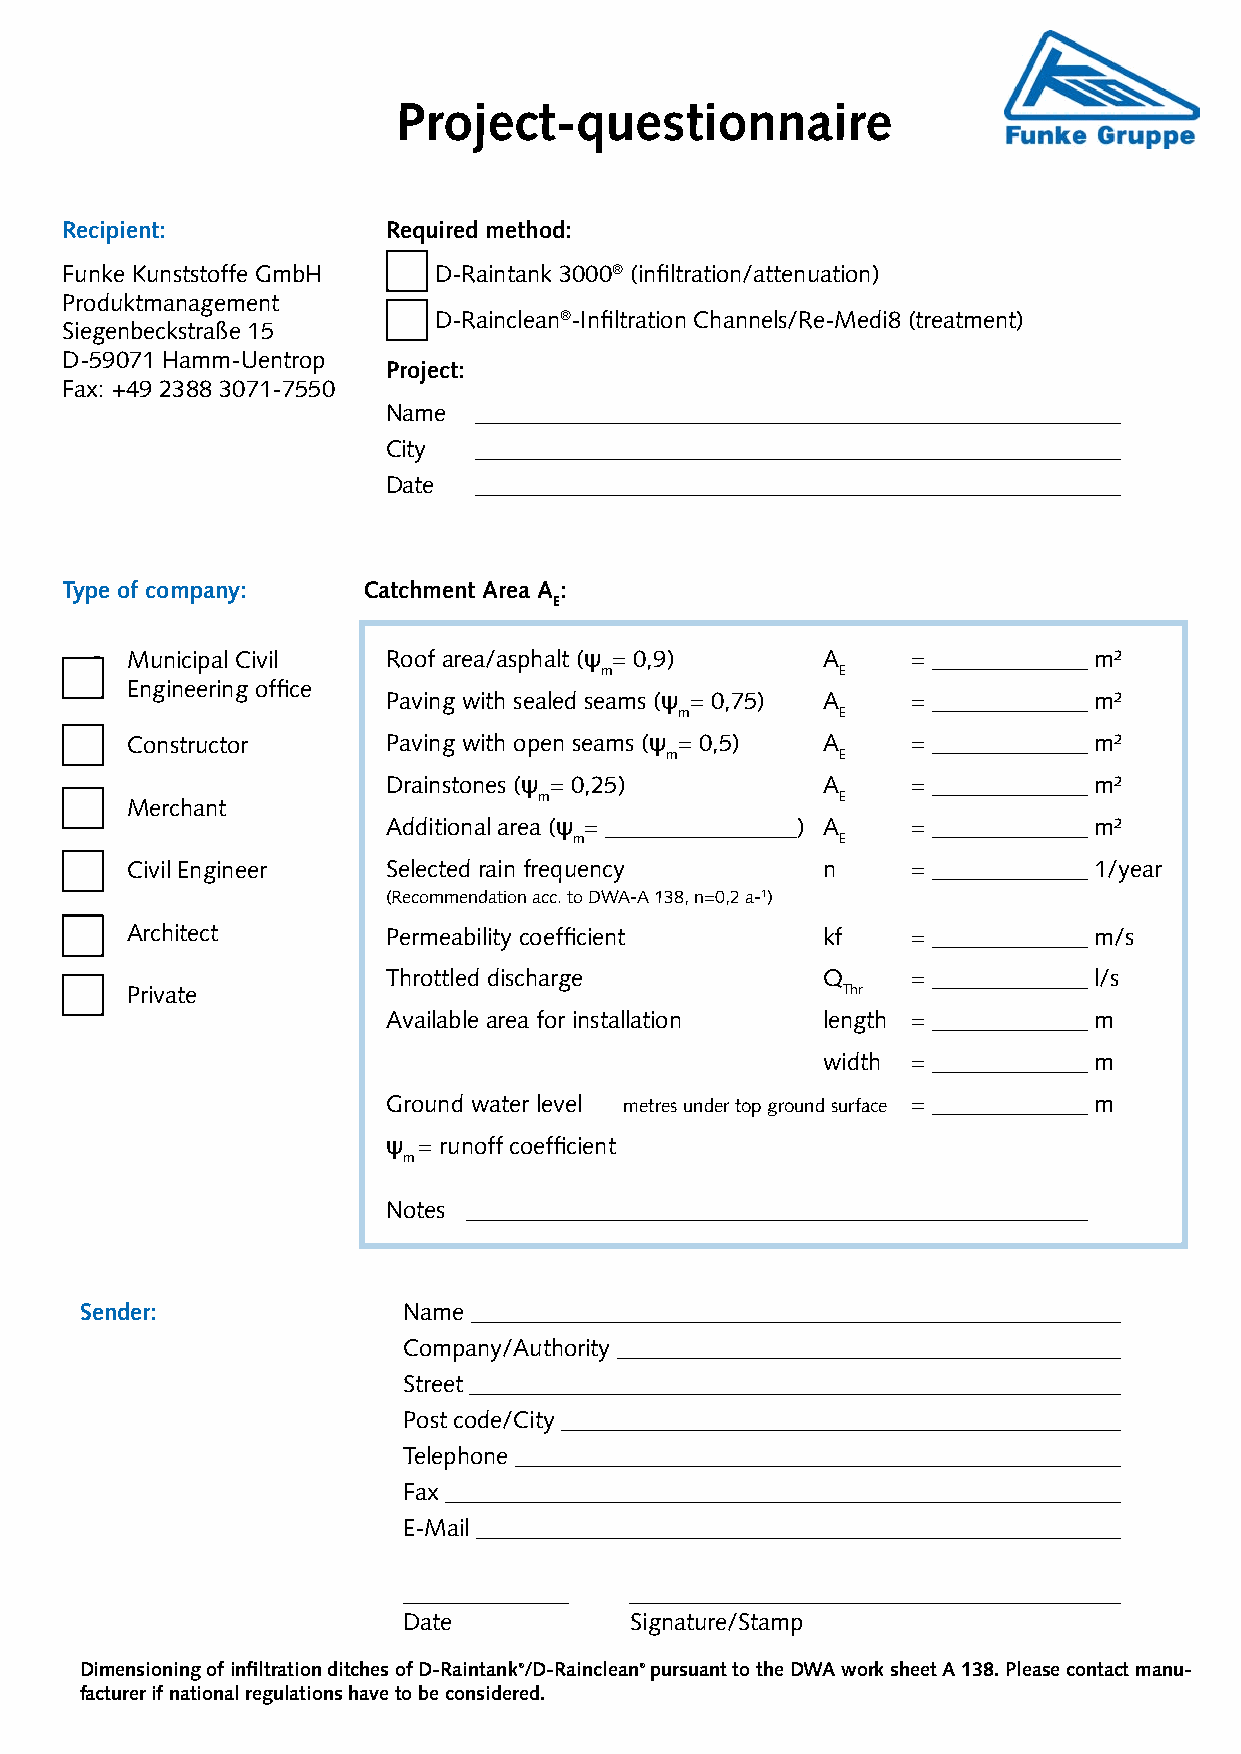
Project-questionnaire
 Recipient:            Required method:
 Funke Kunststoffe GmbH •  D-Raintank 3000® (infiltration/attenuation)
 Produktmanagement
 •  D-Rainclean®-Infiltration Channels/Re-Medi8 (treatment)
 Siegenbeckstraße 15
 D-59071 Hamm-Uentrop
 Project:
 Fax: +49 2388 3071-7550
 Name _________________________________________________________
 City _________________________________________________________
 Date _________________________________________________________
 Type of company:    Catchment Area A :
 E
 • Municipal Civil   Roof area/asphalt (ψ = 0,9) A     = _____________ m²
 m              E
 Engineering office
 Paving with sealed seams (ψ = 0,75) A = _____________ m²
 m         E
 • Constructor       Paving with open seams (ψ = 0,5) A = _____________ m²
 m          E
 Drainstones (ψ = 0,25)      A     = _____________ m²
 m                  E
 • Merchant
 Additional area (ψ = ________________) A = _____________ m²
 m                E
 • Civil Engineer    Selected rain frequency     n     = _____________ 1/year
 (Recommendation acc. to DWA-A 138, n=0,2 a-1)
 • Architect         Permeability coefficient    kf    = _____________ m/s
 Throttled discharge         Q     = _____________ l/s
 • Private                                         Thr
 Available area for installation length = _____________ m
 width = _____________ m
 Ground water level metres under top ground surface = _____________ m
 ψ = runoff coefficient
 m
 Notes ____________________________________________________
 Sender:               Name _________________________________________________________
 Company/Authority ____________________________________________
 Street _________________________________________________________
 Post code/City _________________________________________________
 Telephone _____________________________________________________
 Fax ___________________________________________________________
 E-Mail ________________________________________________________
 ______________ ____________________________________________
 Date           Signature/Stamp
 Dimensioning of infiltration ditches of D-Raintank®/D-Rainclean® pursuant to the DWA work sheet A 138. Please contact manu-
 facturer if national regulations have to be considered.